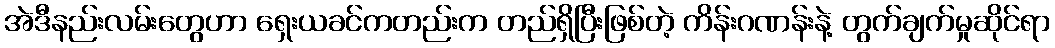
အဲဒီနည်းလမ်းတွေဟာ ရှေးယခင်ကတည်းက တည်ရှိပြီးဖြစ်တဲ့ ကိန်းဂဏန်းနဲ့ တွက်ချက်မှုဆိုင်ရာ